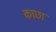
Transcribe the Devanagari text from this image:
काछा